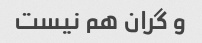
و گران هم نیست